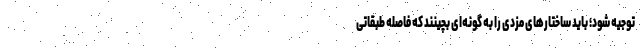
توجیه شود؛ باید ساختارهای مزدی را به گونه‌ای بچینند که فاصله طبقاتی